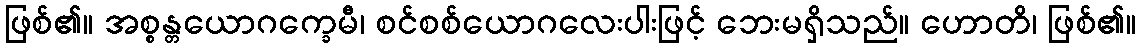
ဖြစ်၏။ အစ္စန္တယောဂက္ခေမီ၊ စင်စစ်ယောဂလေးပါးဖြင့် ဘေးမရှိသည်။ ဟောတိ၊ ဖြစ်၏။